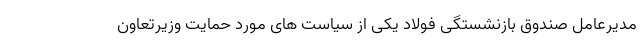
مدیرعامل صندوق بازنشستگی فولاد یکی از سیاست های مورد حمایت وزیرتعاون